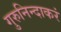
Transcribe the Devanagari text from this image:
गुरुनिन्दाकरं